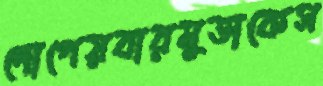
দোপেয়বারমুডাকেস